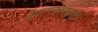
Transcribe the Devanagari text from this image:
आत्मकथनातून